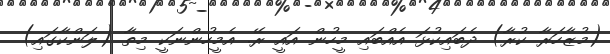
(މުޒާހަރާ ކުރާ) ދެބައިކުޅަ އެއްބައި މީހުން އައީ ރޭ. އެމީހުންނަކީ މިތާ (ލަންކާގައި)